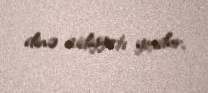
dinə aidiyyatı yoxdur.